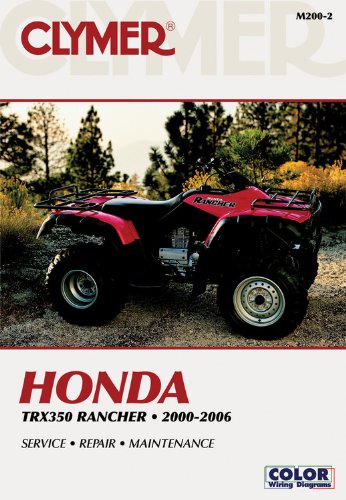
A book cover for Honda TRX350 Rancher 00-06 (Clymer Motorcycle Repair); Penton Staff; Engineering & Transportation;